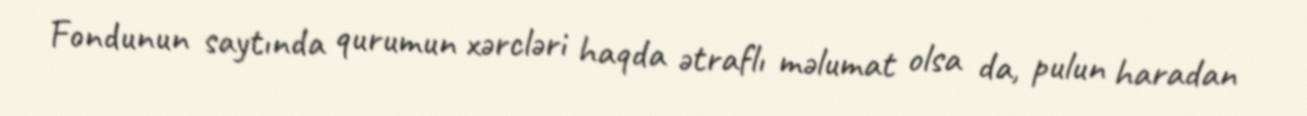
Fondunun saytında qurumun xərcləri haqda ətraflı məlumat olsa da, pulun haradan